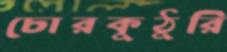
চোরকুঠুরি